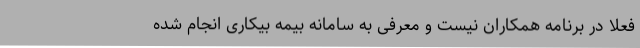
فعلا در برنامه همکاران نیست و معرفی به سامانه‌ بیمه بیکاری انجام شده